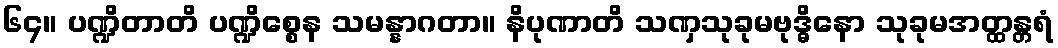
၆၄။ ပဏ္ဍိတာတိ ပဏ္ဍိစ္စေန သမန္နာဂတာ။ နိပုဏာတိ သဏှသုခုမဗုဒ္ဓိနော သုခုမအတ္ထန္တရံ